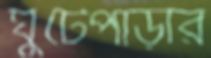
ঘুঁটেপাড়ার